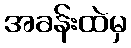
အခန်းထဲမှ